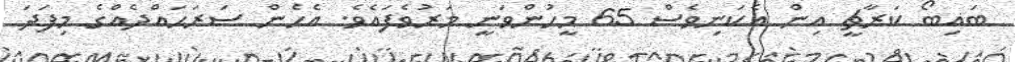
ބައިބޯ ކަރާޗީ އިން އެކަނިވެސް 65 މީހުންވަނީ މަރުވެފައެވެ. އެހެން ސަރަޙައްދެއްގެ މިފަދަ